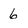
Character: 6